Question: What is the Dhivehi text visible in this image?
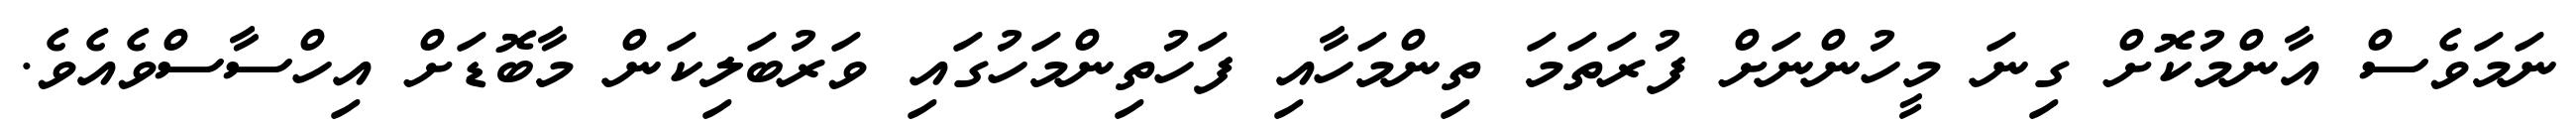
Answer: ނަމަވެސް އާންމުކޮށް ގިނަ މީހުންނަށް ފުރަތަމަ ތިންމަހާއި ފަހުތިންމަހުގައި ވަރުބަލިކަން މާބޮޑަށް އިހްސާސްވެއެވެ.